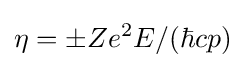
\eta =\pm Ze^{2}E/(\hbar cp)